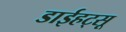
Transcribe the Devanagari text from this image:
डाईहट्सू